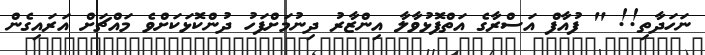
ނަހަދާތި!! " ފުއާފް އަސްރާގެ އަތްފޮޅުވާލާ އިންޒާރު ދިނުމަށްފަހު ދުންކޮޅަކަށްވެ މައްޗަށް އަރައިގެން